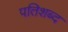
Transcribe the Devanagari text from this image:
पतिशब्द